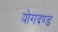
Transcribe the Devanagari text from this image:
योगदण्ड